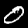
Digit: 0